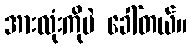
အားလုံးကိုပဲ ခေါ်တယ်။